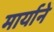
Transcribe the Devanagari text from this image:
मार्याने